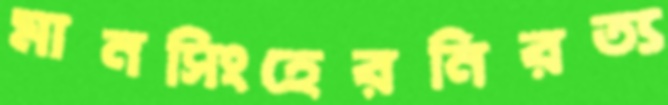
মানসিংহেরনিরত্য